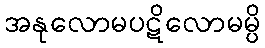
အနုလောမပဋိလောမမ္ပိ